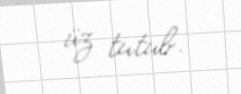
üz tutub.